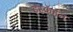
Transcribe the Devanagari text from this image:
इस्फॅहॅन